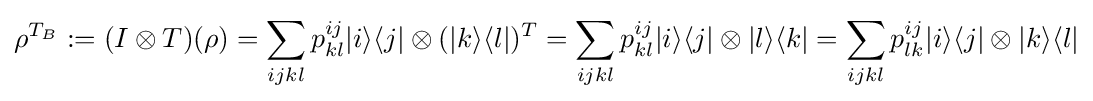
\rho ^{T_{B}}:=(I\otimes T)(\rho )=\sum _{ijkl}p_{kl}^{ij}|i\rangle \langle j|\otimes (|k\rangle \langle l|)^{T}=\sum _{ijkl}p_{kl}^{ij}|i\rangle \langle j|\otimes |l\rangle \langle k|=\sum _{ijkl}p_{lk}^{ij}|i\rangle \langle j|\otimes |k\rangle \langle l|